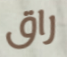
راق